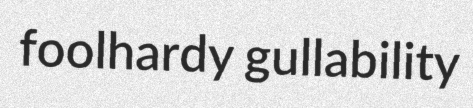
foolhardy gullability